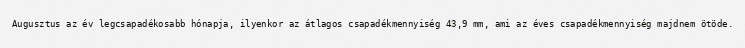
Augusztus az év legcsapadékosabb hónapja, ilyenkor az átlagos csapadékmennyiség 43,9 mm, ami az éves csapadékmennyiség majdnem ötöde.